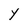
Character: Y